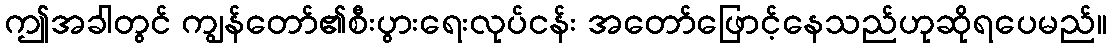
ဤအခါတွင် ကျွန်တော်၏စီးပွားရေးလုပ်ငန်း အတော်ဖြောင့်နေသည်ဟုဆိုရပေမည်။